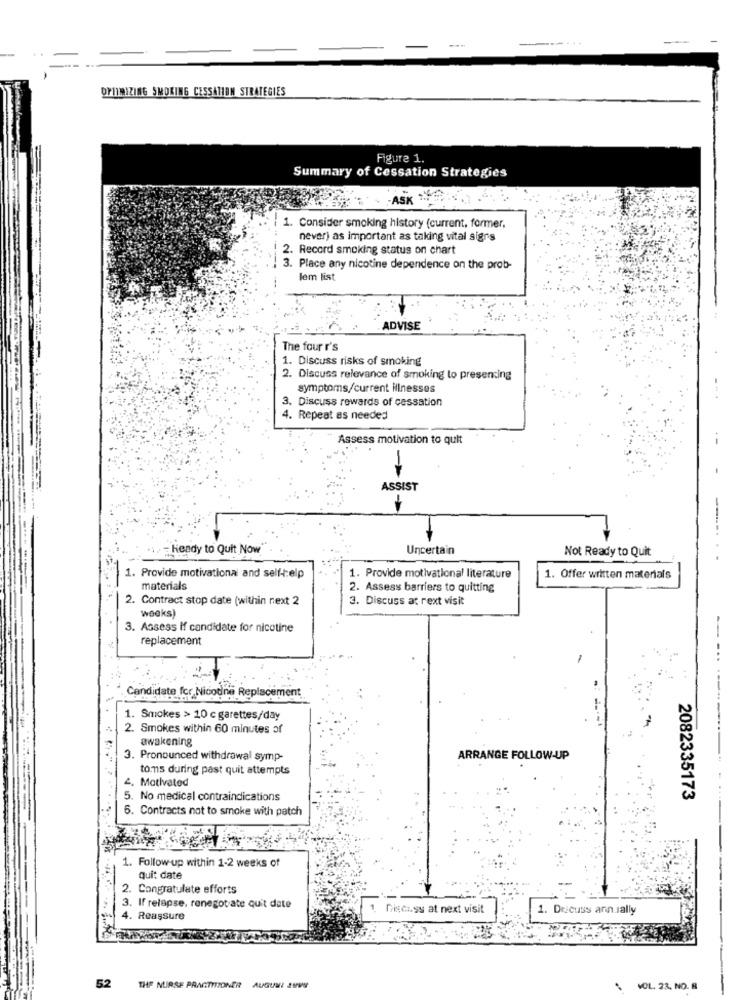
OPTIMIZING SMOKING CESSATION STRATEGIES
Figure 1.
Summary of Cessation Strategies
-ASK
1. Consider smoking history (current, former,
never) as important as taking vital signs
2. Record smoking status on chart
3. Place any nicotine dependence on the prob-
lem list
ADVISE
The four r's
1. Discuss risks of smoking
2. Discuss relevance of smoking to presenting
symptoms/current illnesses
3. Discuss rewards of cessation
4. Repeat as needed
Assess motivation to quit
--
-
ASSIST
Heady to Quit Now
Uncertain
Not Ready to Quit
--... ..
1. Provide motivational and self -: elp
1. Provide motivational literature
1. Offer written materials
materials
2. Assess barriers to quitting
2. Contract stop date (within next 2
3. Discuss at rext visit
weeks)
3. Assess If candidate for nicotine
replacement
Candidate for Nicotine Replacement
1. Smokes > 10 c garettes/day
2. Smokes within 60 minutes of
awakening
3. Pronounced withdrawal symp-
ARRANGE FOLLOW-UP
toms during past quit attempts
2. Motivated
5. No medical contraindications
2082335173
6. Contracts not to smoke with patch
1. Follow-up within 1-2 weeks of
quit date
2. Congratulate efforts
3. If relapse, renegotiate quit date
1
Discuss at next visit
1. Decuss ann sally
4. Reassure
52 THE NURSE PRACTITIONER AUGUMI 2UVE
VOL. 23. NO. 8